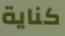
كناية